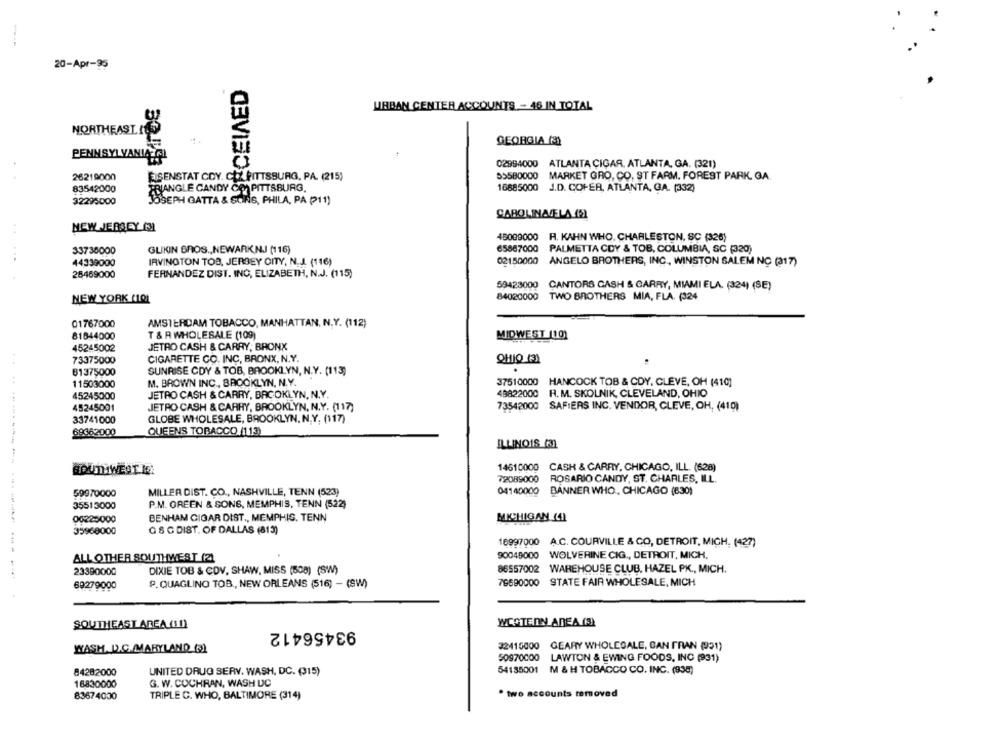
20-Apr-95
CEIAED
URBAN CENTER ACCOUNTS - 46 IN TOTAL
NORTHEAST.LOS
GEORGIA (3)
PENNSYLVANIA GI
02994000 ATLANTA CIGAR, ATLANTA, GA. (321)
26219000
EISENSTAT COY. COX PITTSBURG, PA. (215)
59580000
MARKET GRO, CO. ST FARM. FOREST PARK, GA
83542000
TRIANGLE CANDY CO. PITTSBURG.
16685000 J.D. COFER, ATLANTA, GA. (332)
32295000
18SEPH GATTA & SONS, PHILA, PA (11)
CAROLINACELA (51
. .
NEW JERSEY (3)
45089000 R. KAHN WHO, CHARLESTON, SC (326)
33736000
GLIKIN BROS ., NEWARKNJ (116)
65867000 PALMETTA CDY & TOB, COLUMBIA, SC (320)
44339000
IRVINGTON TOS, JERSEY CITY, N.J. (116)
02150000 ANGELO BROTHERS, INC ., WINSTON SALEM NC (317)
25469000
FERNANDEZ DIST. INC, ELIZABETH, N.J. (115)
59423000 CANTORS CASH & CARRY, MIAMI ELA. (324) (SE)
84020000 TWO BROTHERS MIA, FLA. (324
NEW YORK (101
01767000
AMSTERDAM TOBACCO, MANHATTAN, N.Y. (112)
81844000
T & R WHOLESALE (109)
MIDWEST (10)
45245002
JETRO CASH & CARRY, BRONX
73375000
CIGARETTE CO. INC, BRONX, N.Y.
QHIO 13)
81375000
SUNRISE CDY & TOB, BROOKLYN, N.Y. (113)
11503000
M. BROWN INC ., BROOKLYN, N.Y.
37510000
HANCOCK TOB & CDY, CLEVE, OH (410]
JETRO CASH & CARRY, BACOKLYN, N.Y.
49822000
R. M. SKOLNIK, CLEVELAND, OHIO
45245000
45245001
JETRO CASH & CARRY, BROOKLYN, N.Y. (117)
73542000 SAFIERS INC. VENDOR, CLEVE, OH, (410)
33741000
GLOBE WHOLESALE, BROOKLYN, N.Y. (117)
QUEENS TOBACCO (113)
69362000
ILLINOIS (3)
14610000 CASH & CARRY, CHICAGO, ILL. (628)
72089000 ROSARIO CANDY, ST. CHARLES, ILL.
59970000
MILLER DIST. CO ., NASHVILLE, TENN (523)
04140000 BANNER WHO, CHICAGO (630)
35513000
P.M. OREEN & SONS, MEMPHIS, TENN (522)
00225000
BENHAM CIGAR DIST ., MEMPHIS, TENN
MICHIGAN (4)
35968000
G & CDIST. OF DALLAS (813)
16997000 A.C. COURVILLE & CO, DETROIT, MICH. (427)
90049000 WOLVERINE CIG ., DETROIT, MICH.
ALL OTHER SOUTHWEST (2)
23390000
DIXIE TOB & CDV, SHAW, MISS (508) (SW)
86557002 WAREHOUSE CLUB, HAZEL PK ., MICH.
----------------
69279000
P.QUAGLINO TOB ., NEW ORLEANS (516) - (SW)
79690000
STATE FAIR WHOLESALE, MICH
SOUTHEAST AREA (11)
WCOTE DN AREA (S)
93456412
32415000 GEARY WHOLESALE, CAN FRAN (51)
WASH. D.C. MARYLAND ()
50970000
LAWTON & EWING FOODS, INC (931)
84282000
UNITED DRUG SERV. WASH, DC. (315)
54135001 M & H TOBACCO CO. INC. (938)
16830000
G. W. COCHRAN, WASH DC
83674000
TRIPLE C. WHO, BALTIMORE (314)
. two accounts removed